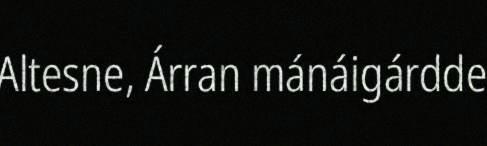
Altesne, Árran mánáigárdde